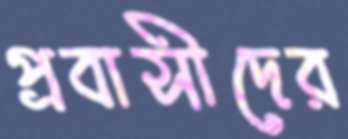
প্রবাসীদের